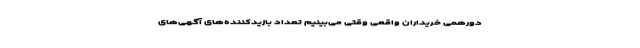
دورهمی خریداران واقعی وقتی می‌بینیم تعداد بازیدکننده‌های آگهی‌های